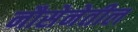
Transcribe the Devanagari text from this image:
नौसेनेतील